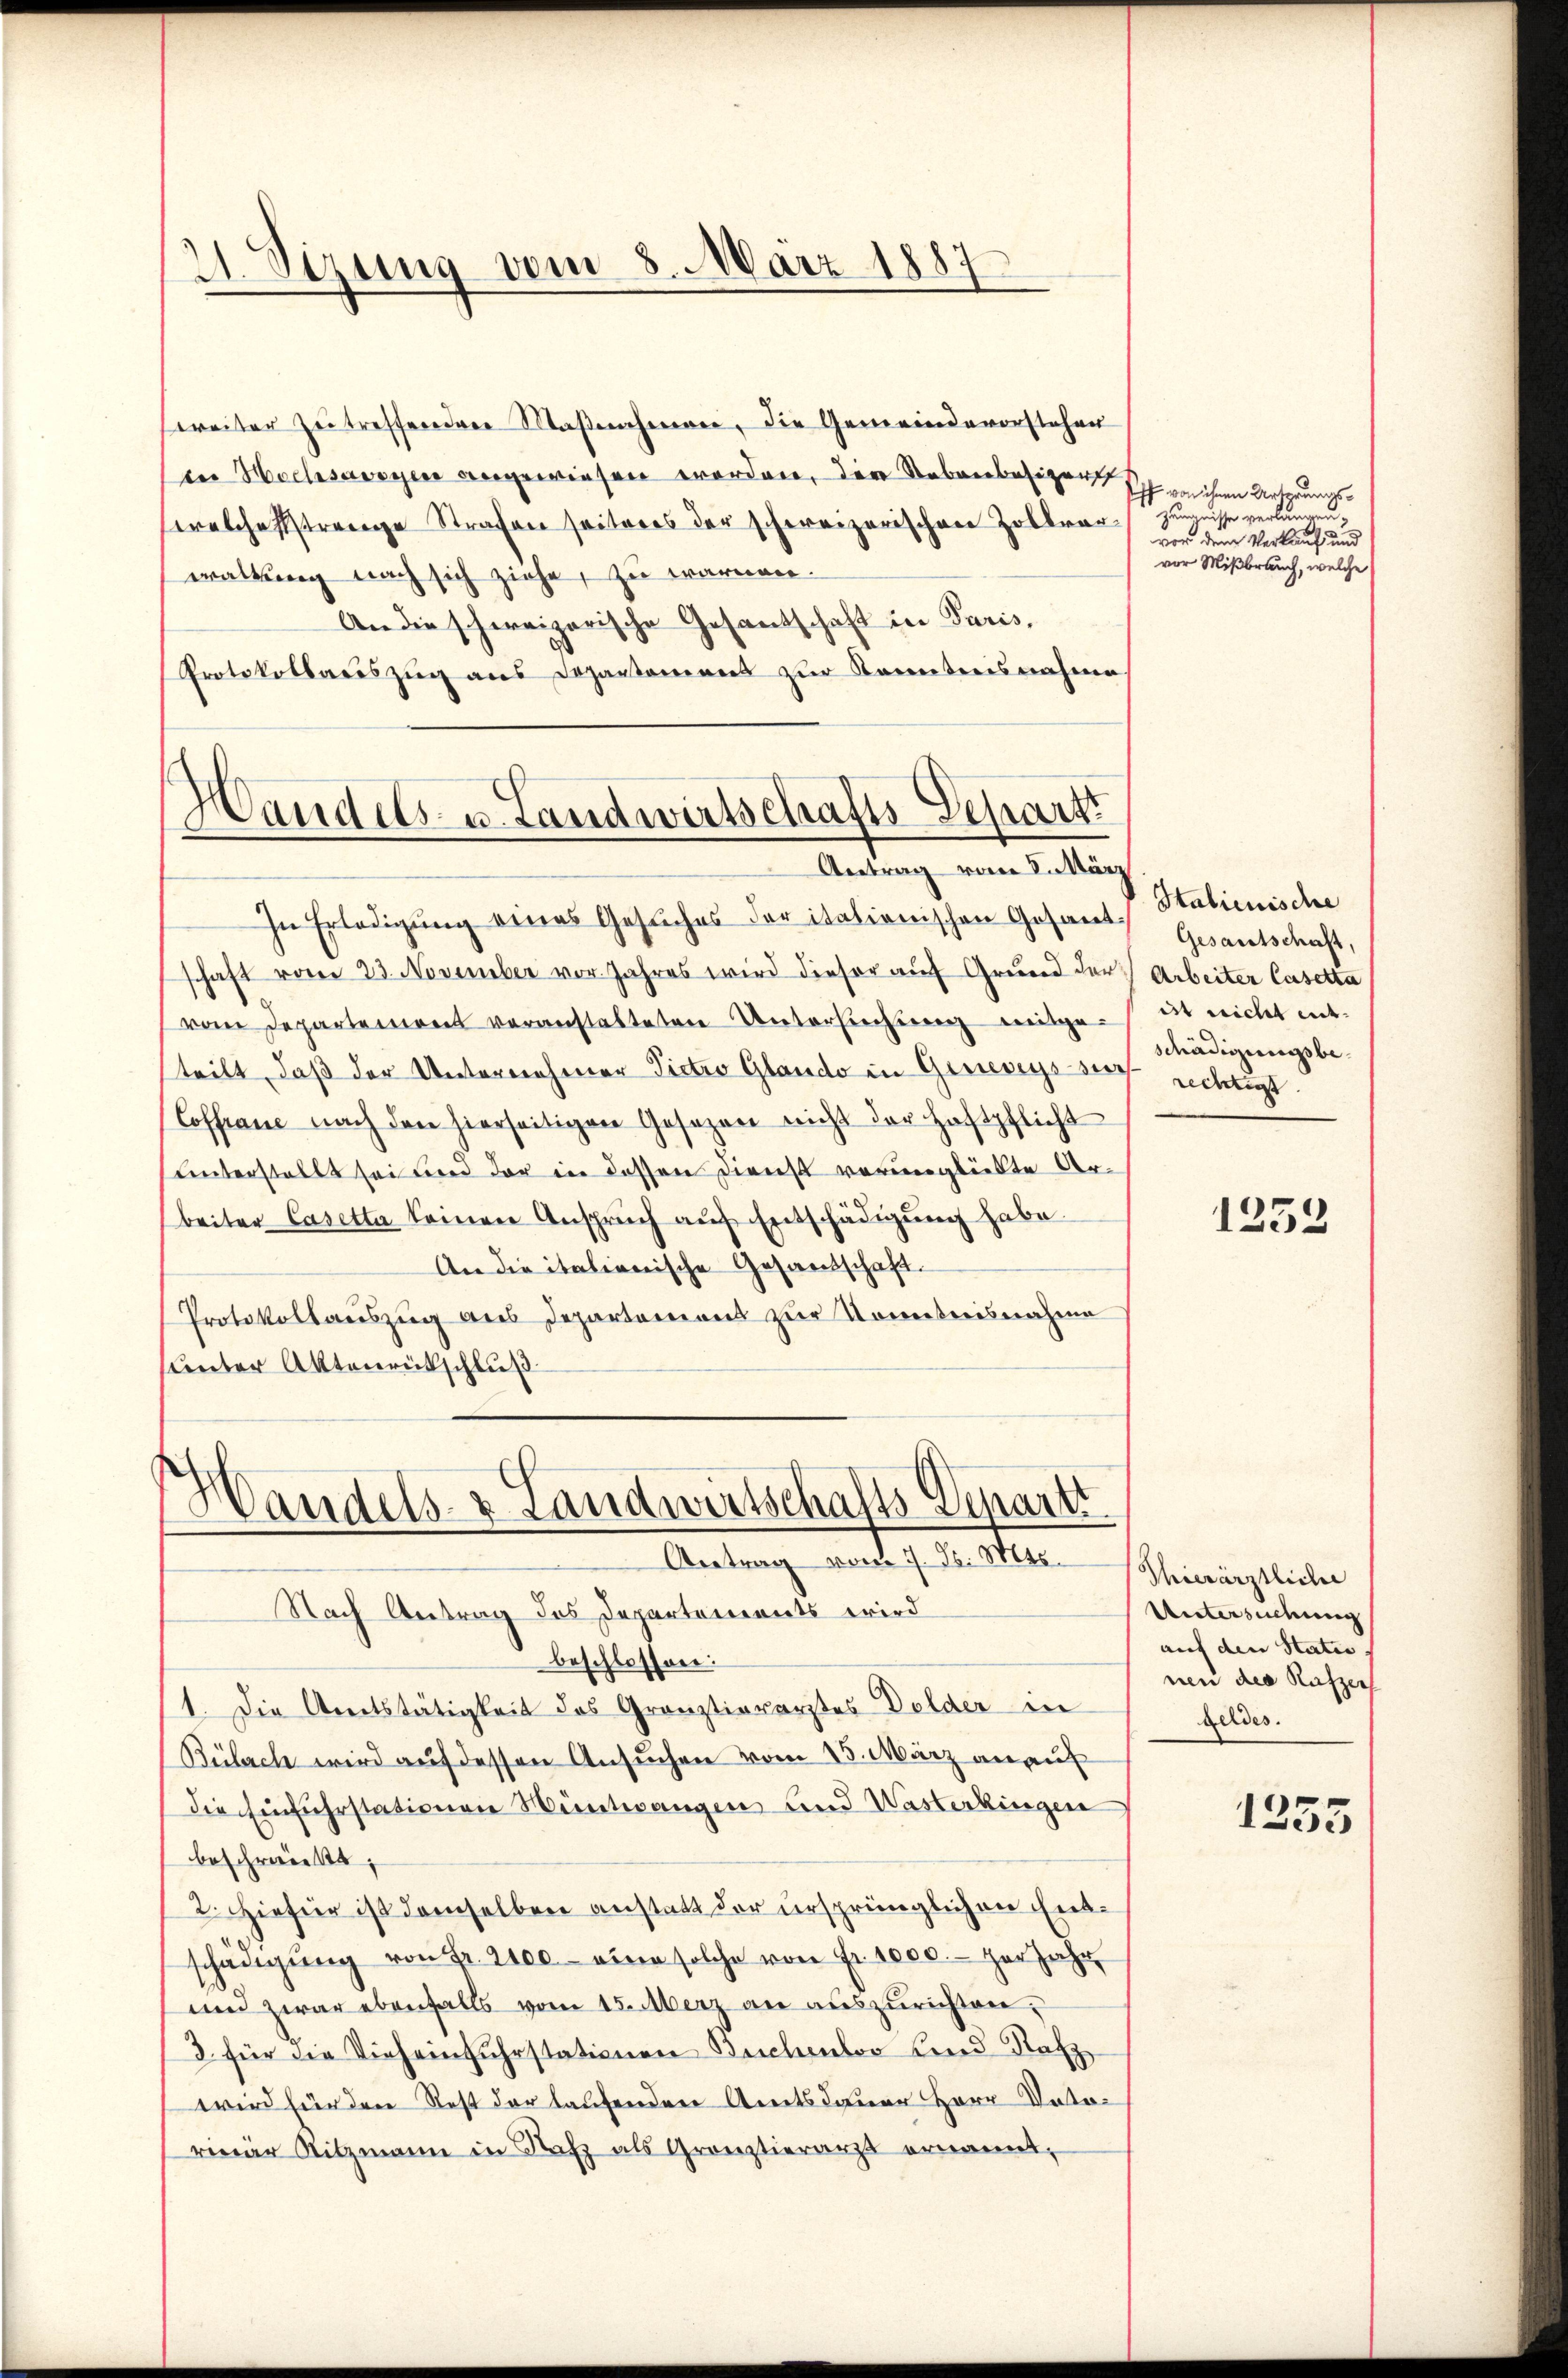
A. Sizung vom 8. März 1883

weiter Zeitreffenden Maβnahmeer, die Gemeindevorstehen
in Hochsavoyen angewiesen worden, der Sebenbesizerst
welchestrenge Strafen seiteres der schweizerischen Zollvorwaltung nach sich ziehe, zu warmen.
An die schweizerische Gesantschaft in Paris,
Protokollariszŭg ans Departamens zŭr Kenntnisnahme

Handels- u. Landwirtschafts-Departi
Antrag vom 8. März

In Erledigung eines Gesuches der itationischen Gesant
schaft vom 23. November vor. Jahres wird dieser auf Grund der
vom Departement veranstalteten Unterlichung mitge-
steilt, daß der Unternehmer Pietro Glando in Genereyssier
Coffrane nach den hierseitigen Gesezen nicht der Haftpflicht
unterstellt sei und der in dessen Dienst verunglückte Arbeiter Casetta keinen Anspruch auf Entschädigung habe.
An die italienische Gesandschaft.
Protokollauszug aus Departemons zur Kometrisnahme
unter Aktenrückschluß

e
Vandels- & Landwirtschafts-Depart
Antrag vom 7. d. Mts. Thierärztliche

Nach Antrag des Departements wird
beschlossen:
1. Die Areitstätigkeit des Gränztierarztes Delder in
Bülach wird auf dessen Ansuchen vom 15. März an auf
die Einfuhrstationen Mentwangen und Wasterkingen
beschreiest;
2. Hiefür ist demselben anstatt der ursprünglichen Entschädigŭng von Fr. 2100.- eine solche von Fr. 1000.- zur Jahr
und zwar ebenfalls vom 15. Merz an auszurichten,
3. für die Vieh einfuhrstationen Buchenloo Kind Rafz
wird für den Rest der laufenden Amtsdauer Herr Dotorinär Ritzmann in Rafz als Gronztierarzt ernannt,

ff von ihnen Arterungsundnisse verlangen,
vor dem Verkauf und
vor Mißbrauch, welche

Stalienische
Gesantschaft,
Arbeiter Casetta
iit nicht entschädigungsbe
rechtigt.

1252

Untersuchung
auf den Status.
nen des Rafzer
Geldes.

1255